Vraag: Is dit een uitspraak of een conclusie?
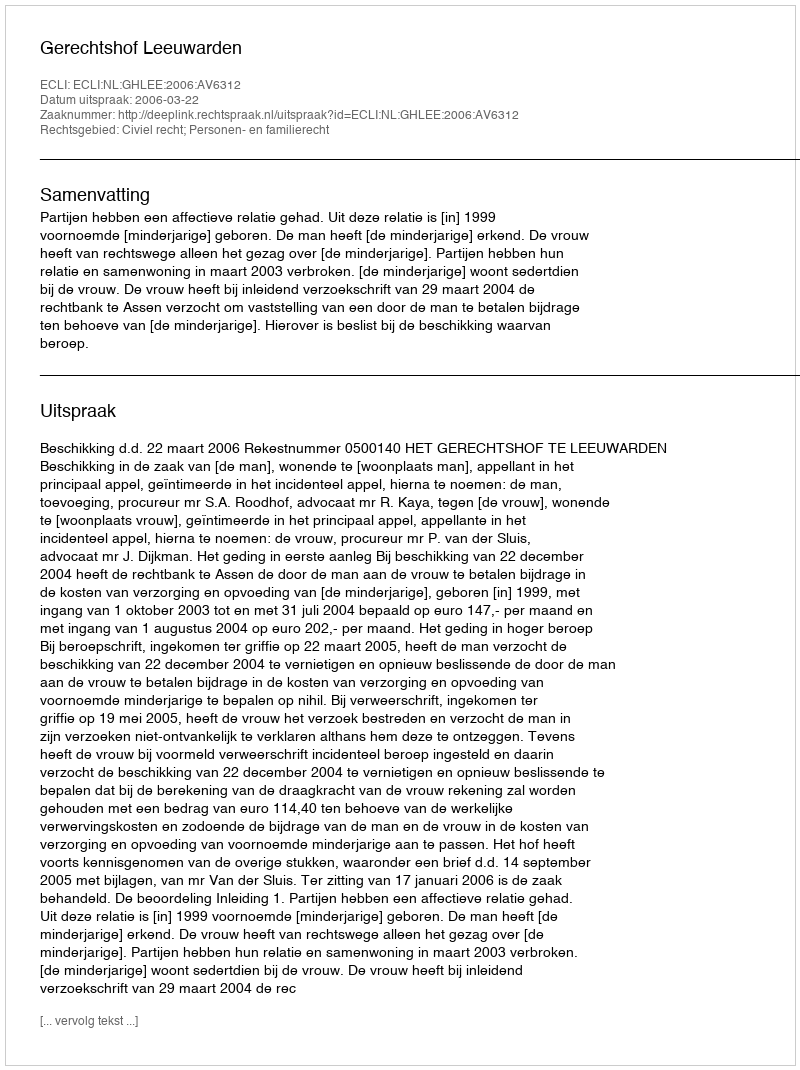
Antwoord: Uitspraak